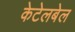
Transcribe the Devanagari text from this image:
केटेलबेल